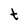
Character: t